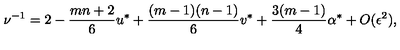
\nu ^ { - 1 } = 2 - { \frac { m n + 2 } { 6 } } u ^ { \ast } + { \frac { ( m - 1 ) ( n - 1 ) } { 6 } } v ^ { \ast } + { \frac { 3 ( m - 1 ) } { 4 } } \alpha ^ { \ast } + O ( \epsilon ^ { 2 } ) ,